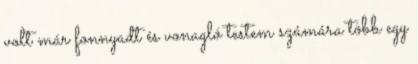
volt már fonnyadt és vonagló testem számára több egy